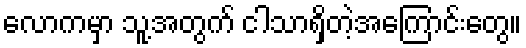
လောကမှာ သူ့အတွက် ငါသာရှိတဲ့အကြောင်းတွေ။